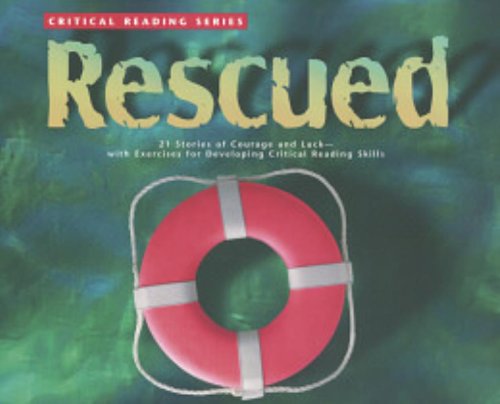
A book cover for Critical Reading Series: Rescued; Glencoe/ McGraw-Hill - Jamestown Education; Teen & Young Adult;